General report no. 6 on the lunatic asylums, vaccination and dispensaries in the Bengal Presidency, 1873 -
Year: 1873
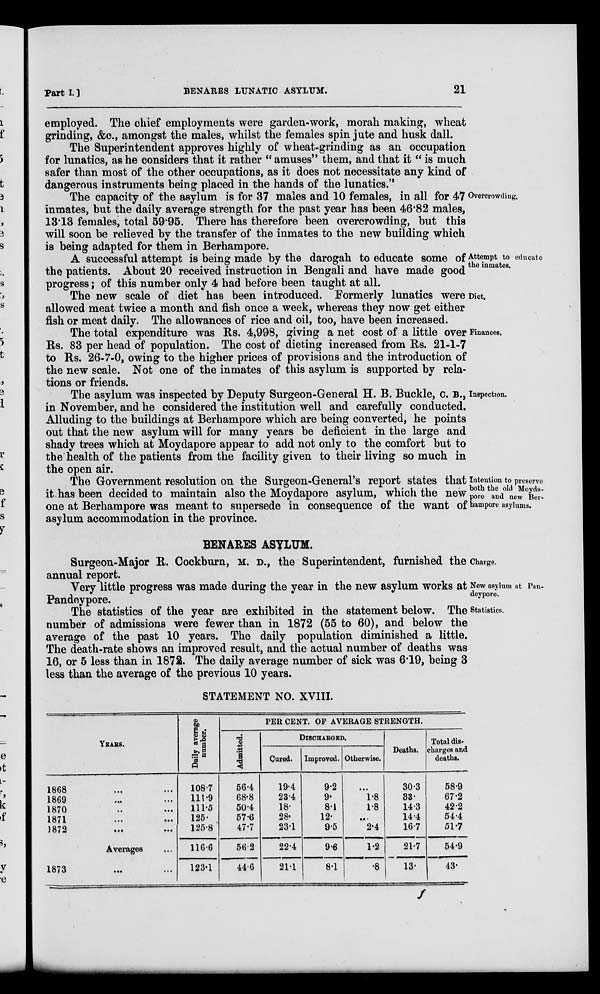
Part I.]
BENARES LUNATIC ASYLUM.
21
employed. The chief employments were garden-work, morah making, wheat
grinding, &c., amongst the males, whilst the females spin jute and husk dall.
The Superintendent approves highly of wheat-grinding as an occupation
for lunatics, as he considers that it rather "amuses" them, and that it " is much
safer than most of the other occupations, as it does not necessitate any kind of
dangerous instruments being placed in the hands of the lunatics."
Overcrowding.
The capacity of the asylum is for 37 males and 10 females, in all for 47
inmates, but the daily average strength for the past year has been 46.82 males,
13.13 females, total 59.95. There has therefore been overcrowding, but this
will soon be relieved by the transfer of the inmates to the new building which
is being adapted for them in Berhampore.
Attempt to educate
the inmates.
A successful attempt is being made by the darogah to educate some of
the patients. About 20 received instruction in Bengali and have made good
progress; of this number only 4 had before been taught at all.
Diet.
The new scale of diet has been introduced. Formerly lunatics were
allowed meat twice a month and fish once a week, whereas they now get either
fish or meat daily. The allowances of rice and oil, too, have been increased.
Finances.
The total expenditure was Rs. 4,998, giving a net cost of a little over
Rs. 83 per head of population. The cost of dieting increased from Rs. 21-1-7
to Rs. 26-7-0, owing to the higher prices of provisions and the introduction of
the new scale. Not one of the inmates of this asylum is supported by rela-
tions or friends.
Inspection.
The asylum was inspected by Deputy Surgeon-General H. B. Buckle, c. B.,
in November, and he considered the institution well and carefully conducted.
Alluding to the buildings at Berhampore which are being converted, he points
out that the new asylum will for many years be deficient in the large and
shady trees which at Moydapore appear to add not only to the comfort but to
the health of the patients from the facility given to their living so much in
the open air.
Intention to preserve
both the old Moyda-
pore and new Ber-
hampore asylums.
The Government resolution on the Surgeon-General's report states that
it has been decided to maintain also the Moydapore asylum, which the new
one at Berhampore was meant to supersede in consequence of the want of
asylum accommodation in the province.
BENARES ASYLUM.
Charge.
Surgeon-Major R. Cockburn, M. D., the Superintendent, furnished the
annual report.
New asylum at Pan-
deypore.
Very little progress was made during the year in the new asylum works at
Pandeypore.
Statistics.
The statistics of the year are exhibited in the statement below. The
number of admissions were fewer than in 1872 (55 to 60), and below the
average of the past 10 years. The daily population diminished a little.
The death-rate shows an improved result, and the actual number of deaths was
16, or 5 less than in 1872. The daily average number of sick was 6.19, being 3
less than the average of the previous 10 years.
STATEMENT NO. XVIII.
YEARS.
1868 ... ...
1869 ... ...
1870 ... ...
1871 ... ...
1872
...
...
Averages ...
1873 ... ...
Daily average number.
108.7
111.9
111.5
125.
125.8
116.6
123.1
PER CENT. OF AVERAGE STRENGTH.
Admitted.
56.4
68.8
50.4
57.6
47.7
56.2
44.6
DISCHARGED.
Cured.
19.4
23.4
18.
28.
23.1
22.4
21.1
Improved.
9.2
9.
8.1
12.
9.5
9.6
8.1
Otherwise.
...
1.8
1.8
...
2.4
1.2
.8
Deaths.
30.3
33.
14.3
14.4
16.7
21.7
13.
Total dis-
charges and
deaths.
58.9
67.2
42.2
54.4
51.7
54.9
43.
f